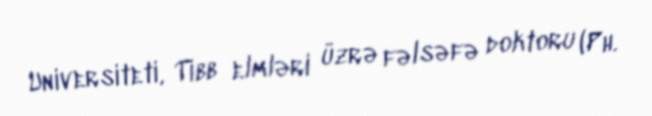
Universiteti, Tibb elmləri üzrə fəlsəfə doktoru (Ph.